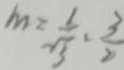
m = \frac { 1 } { \sqrt { 3 } } \cdot \frac { 3 } { 2 }